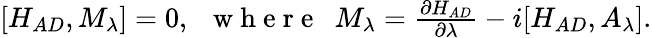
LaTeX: \begin{array}{r}{\left[H_{AD},M_{\lambda}\right]=0,~~\mathrm{~w~h~e~r~e~}~~M_{\lambda}=\frac{\partial H_{AD}}{\partial\lambda}-i[H_{AD},A_{\lambda}].}\end{array}